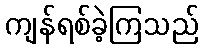
ကျန်ရစ်ခဲ့ကြသည်